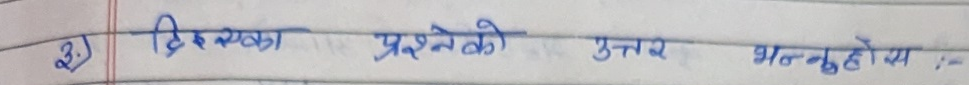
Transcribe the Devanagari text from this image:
२) दिइएका प्रश्नहरूको उत्तर भन्नुहोस् :-